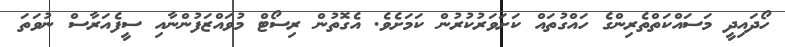
ހޯދައިދީ މަސައްކަތްތެރިންގެ ހައްގުތައް ކަށަވަރުކުރުން ކަމަށެވެ. އެގޮތުން ރިސޯޓް މުވައްޒަފުންނާއި ސީފެއަރާސް ނުވަތަ